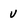
Character: v